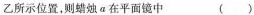
乙所示位置，则蜡烛a在平面镜中 （